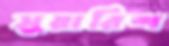
সুয়ারিশ